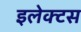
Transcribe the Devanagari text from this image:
इलेक्टस